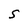
Character: S